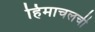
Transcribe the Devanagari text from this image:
हिमाचलची